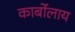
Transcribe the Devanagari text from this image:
कार्बोलाय